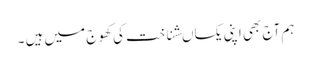
ہم آج بھی اپنی یکساںشناخت کی کھوج میں ہیں ۔